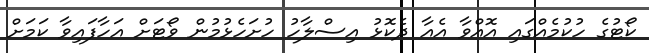
ކޯޓުގެ ހުކުމެއްގައި އޮއްވާ އެއާ ދެކޮޅު އިސްލާހު ހުށަހެޅުމުން ވޯޓަށް އަހާފައިވާ ކަމަށް